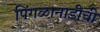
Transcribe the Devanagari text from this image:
पिंगळानाडीची